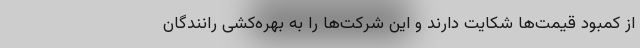
از کمبود قیمت‌ها شکایت دارند و این شرکت‌ها را به بهره‌کشی رانندگان